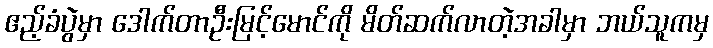
ဧည့်ခံပွဲမှာ ဒေါက်တာဦးမြင့်မောင်ကို မိတ်ဆက်လာတဲ့အခါမှာ ဘယ်သူကမှ